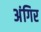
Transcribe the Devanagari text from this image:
अंगिर